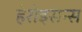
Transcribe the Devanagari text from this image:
हेरोइसन्स